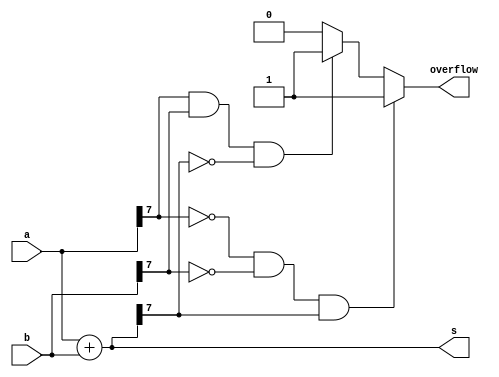
module top_module (
    input [7:0] a,
    input [7:0] b,
    output [7:0] s,
    output overflow
); //
 
     assign s = a+b;
    always@(a[7],b[7],s[7])
        if(a[7]==0&&b[7]==0&&s[7]==1)
            overflow=1;
    else if(a[7]==1&&b[7]==1&&s[7]==0)
        overflow=1;
    else
        overflow=0;

endmodule